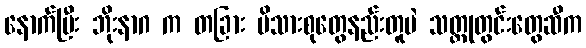
နောက်ပြီး ဘိုးနာဂ က တခြား မိသားစုတွေနည်းတူပဲ သတ္တုတွင်းတွေဆီက